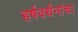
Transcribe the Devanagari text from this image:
हर्षवर्धनांचा